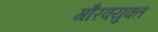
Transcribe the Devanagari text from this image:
गौरवयुक्त